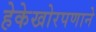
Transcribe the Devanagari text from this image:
हेकेखोरपणाने